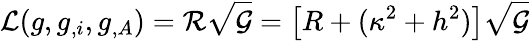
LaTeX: {\cal L}(g,g_{,i},g_{,A})={\cal R}\sqrt{{\cal G}}=\left[R+(\kappa^{2}+h^{2})\right]\sqrt{{\cal G}}